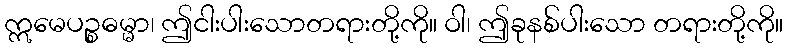
ဣမေပဉ္စဓမ္မာ၊ ဤငါးပါးသောတရားတို့ကို။ ဝါ၊ ဤခုနစ်ပါးသော တရားတို့ကို။